Triigi_(Aleksandri)_vallavalitsus_Harjumaal, lk 24
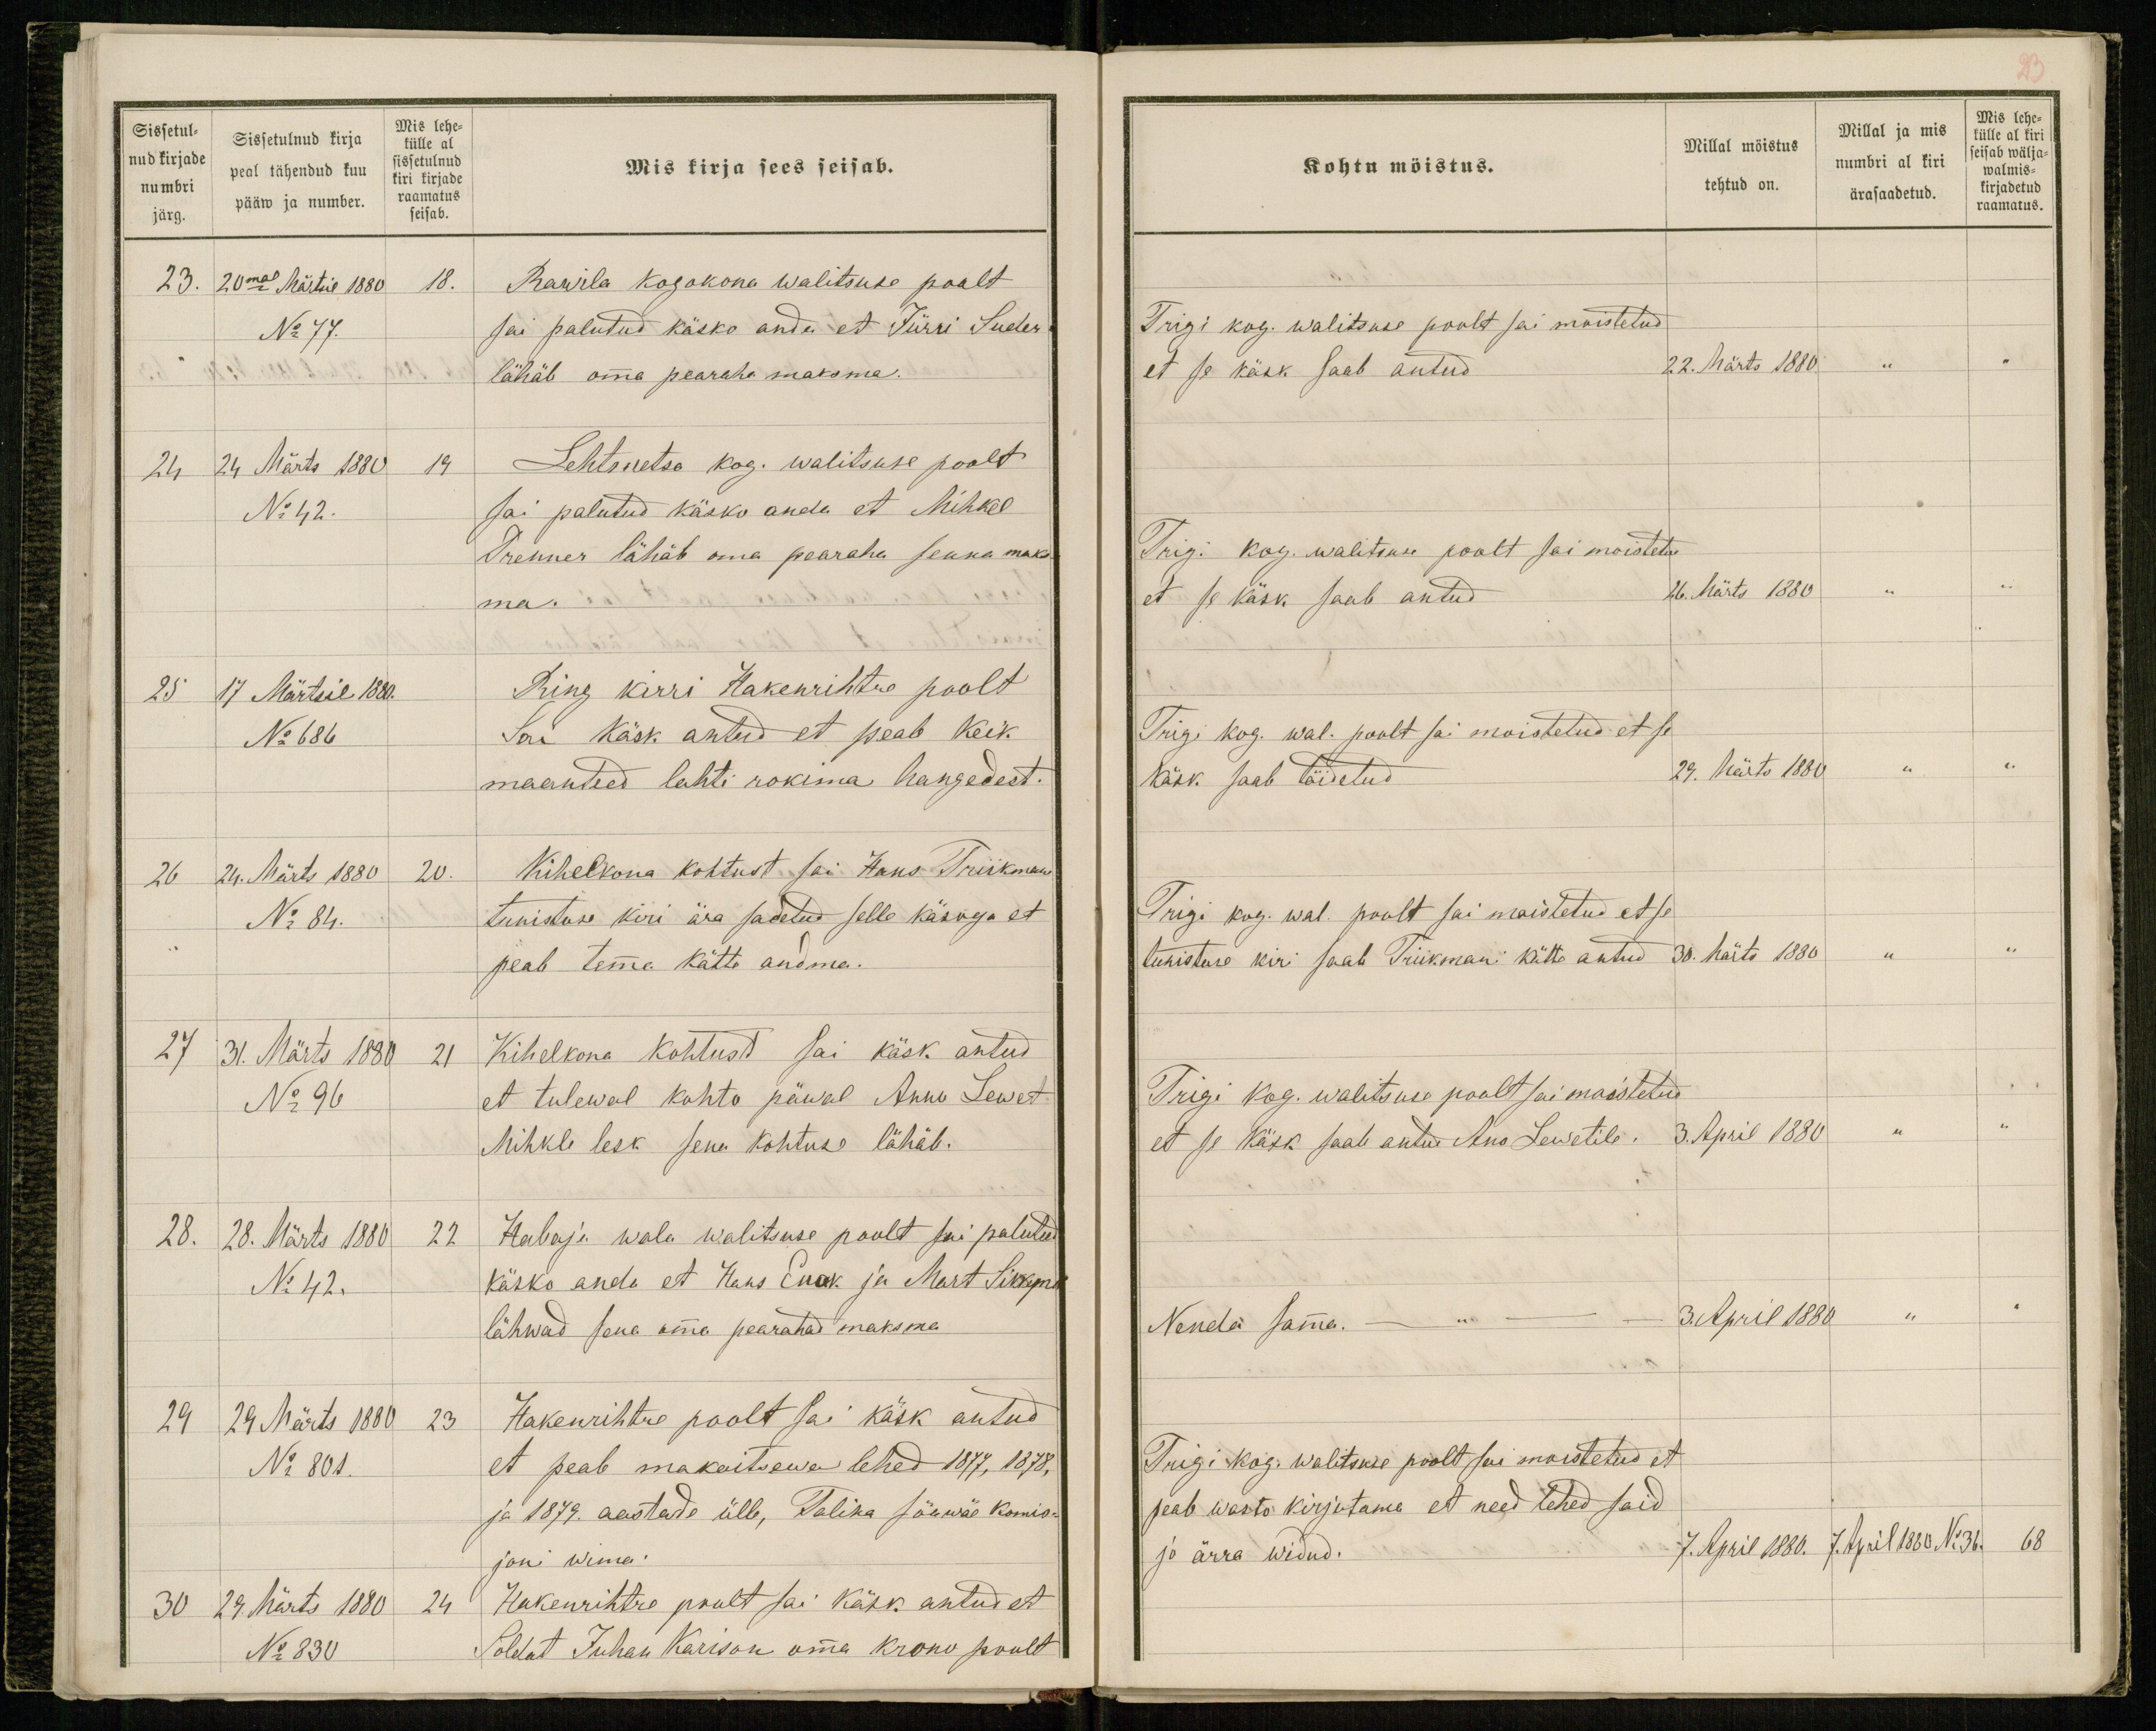
Sissetul-
nud kirjade
numbri
järg.
Sissetulnud kirja
peal tähendud kuu
pääw ja number.
Mis lehe-
külle al
sissetulnud
kiri kirjade
raamatus
seisab.
Mis kirja sees seisab.
23. 20mal Märtsil 1880 18.
Rawila kogokona walitsuse poolt
No 77.
sai palutud käsko anda et Jürri Suder
lähäb omma pearaha maksma.
24 24 Märts 1880 19
Lehtmetsa kog. walitsuse poolt
No 42.
sai palutud käsko anda et Mihkel
Prenner lähäb oma pearaha senna maks-
ma.
25 17 Märtsil 1880.
Ring kirri Hakenrihtre poolt
No 686
Sai käsk antud et peab keik
maanteed lahti rokima hangedest.
26 24. Märts 1880 20.
Kihelkona kohtust sai Hans Triikmani
No 84.
tunistuse kiri ära sadetud selle käsoga et
peab temma kätte andma.
27 31. Märts 1880 21
Kihelkona kohtust sai käsk antud
No 96
et tulewal kohto päwal Anno Lewet
Mihkle lesk sena kohtuse lähäb.
28. 28. Märts 1880 22
Habaja wala walitsuse poolt sai palutud
No 42.
käsko anda et Hans Enuk ja Mart Sikkema
lähwad sena omma pearahad maksma
29 29 Märts 1880 23
Hakenrihtre poolt sai käsk antud
No 801.
et peab makaitsewa lehed 1877, 1878,
ja 1879. aastade ülle, Talina sõawäe komis-
joni wima.
30 29. Märts 1880 24
Hakenrihtre poolt sai käsk antud et
No 830
Soldat Juhan Karison omma krono poolt

23
Kohtu möistus.
Millal möistus
tehtud on.
Millal ja mis
numbri al kiri
ärasaadetud.
Mis lehe-
külle al kiri
seisab wälja-
walmis-
kirjadetud
raamatus.
Trigi kog. walitsuse poolt sai moistetud
et se käsk saab antud
22. Märts 1880 " "
Trigi kog. walitsuse poolt sai moistetud
et se käsk saab antud
26. Märts 1880 " "
Trigi kog. wal. poolt sai moistetud et se
käsk saab täidetud
29. Märts 1880  " "
Trigi kog. wal. poolt sai moistetud et se
tunistuse kiri saab Triikmani kätte antud
30. Märts 1880 " "
Trigi kog. walitsuse poolt sai moistetud
et se käsk saab antud Ano Lewetile.
3. April 1880 " "
Nenda samma. - " - -
3. April 1880  " "
Trigi kog. walitsuse poolt sai moistetud et
peab wasto kirjutama et need lehed said
jo ärra widud.
7. April 1880. 7. April 1880 No 36. 68